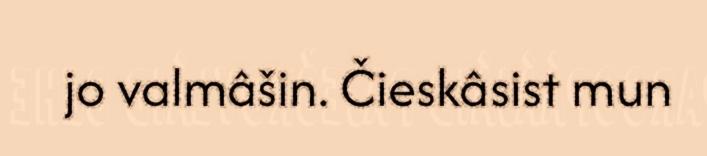
jo valmâšin. Čieskâsist mun